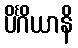
ပိင်္ဂိယာနိ